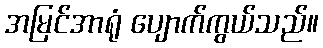
အမြင်အာရုံ ပျောက်ကွယ်သည်။